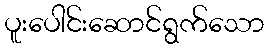
ပူးပေါင်းဆောင်ရွက်သော